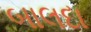
બાલદા